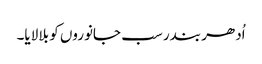
اُدھر بندر سب جانوروں کو بلا لایا۔